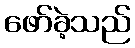
ဖော်ခဲ့သည်